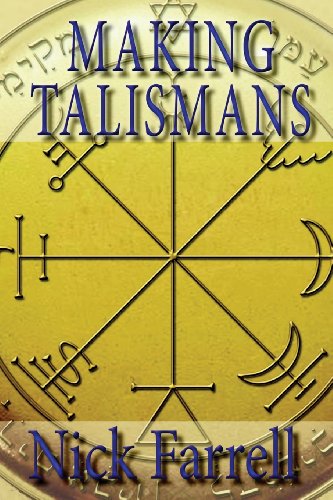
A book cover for Making Talismans: Creating Living Magical Tools for Change and Transformation; Nick Farrell; Religion & Spirituality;